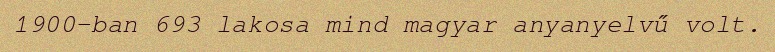
1900-ban 693 lakosa mind magyar anyanyelvű volt.